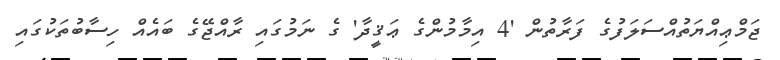
ޖަމްޢިއްޔަތުއްސަލަފުގެ ފަރާތުން '4 އިމާމުންގެ ޢަޤީދާ' ގެ ނަމުގައި ރާއްޖޭގެ ބައެއް ހިސާބުތަކުގައި